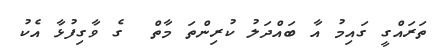
ތަރައްގީ ގައިމު އާ ބައްދަލު ކުރިންތަ މާތް  ގެ ވާގިފުޅާ އެކު